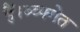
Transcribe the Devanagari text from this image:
हैं।ब्व्फ्गेत